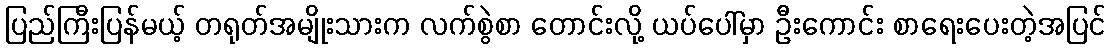
ပြည်ကြီးပြန်မယ့် တရုတ်အမျိုးသားက လက်စွဲစာ တောင်းလို့ ယပ်ပေါ်မှာ ဦးကောင်း စာရေးပေးတဲ့အပြင်